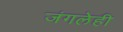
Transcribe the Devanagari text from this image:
जंगलेही